Vaccination in Bombay 1869-1873 - 1869-1873
Year: 1869
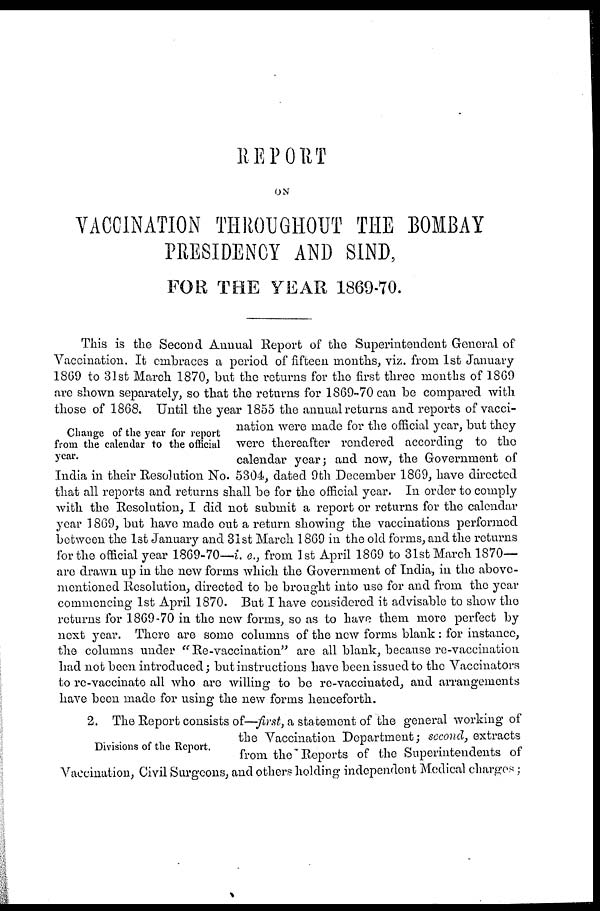
REPORT
ON
VACCINATION THROUGHOUT THE BOMBAY
PRESIDENCY AND SIND,
FOR THE YEAR 1869-70.
Change of the year for report
from the calendar to the official
year.
This is the Second Annual Report of the Superintendent General of
Vaccination. It embraces a period of fifteen months, viz. from 1st January
1869 to 31st March 1870, but the returns for the first three months of 1869
are shown separately, so that the returns for 1869-70 can be compared with
those of 1868. Until the year 1855 the annual returns and reports of vacci-
nation were made for the official year, but they
were thereafter rendered according to the
calendar year; and now, the Government of
India in their Resolution No. 5304, dated 9th December 1869, have directed
that all reports and returns shall be for the official year. In order to comply
with the Resolution, I did not submit a report or returns for the calendar
year 1869, but have made out a return showing the vaccinations performed
between the 1st January and 31st March 1869 in the old forms, and the returns
for the official year 1869-70—i. e., from 1st April 1869 to 31st March 1870—
are drawn up in the new forms which the Government of India, in the above-
mentioned Resolution, directed to be brought into use for and from the year
commencing 1st April 1870. But I have considered it advisable to show the
returns for 1869-70 in the new forms, so as to have them more perfect by
next year. There are some columns of the new forms blank : for instance,
the columns under "Re-vaccination" are all blank, because re-vaccination
had not been introduced; but instructions have been issued to the Vaccinators
to re-vaccinate all who are willing to be re-vaccinated, and arrangements
have been made for using the new forms henceforth.
Divisions of the Report.
2. The Report consists of—first, a statement of the general working of
the Vaccination Department; second, extracts
from the Reports of the Superintendents of
Vaccination, Civil Surgeons, and others holding independent Medical charges;